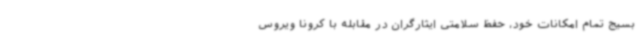
بسیج تمام امکانات خود، حفظ سلامتی ایثارگران در مقابله با کرونا ویروس